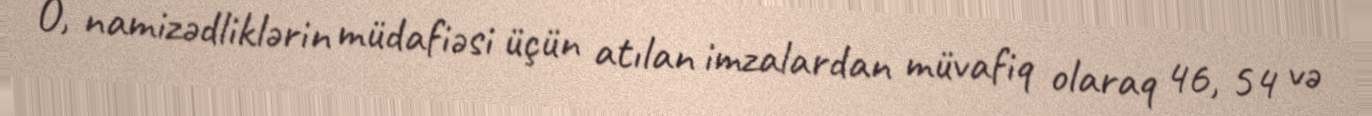
O, namizədliklərin müdafiəsi üçün atılan imzalardan müvafiq olaraq 46, 54 və